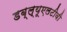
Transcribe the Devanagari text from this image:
डब्ल्यूएलटीवी